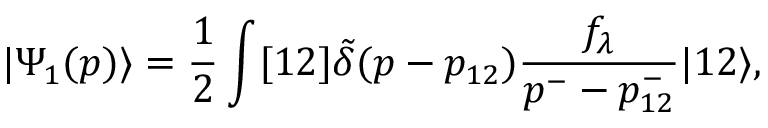
| \Psi _ { 1 } ( p ) \rangle = \frac { 1 } { 2 } \int [ 1 2 ] \tilde { \delta } ( p - p _ { 1 2 } ) \frac { f _ { \lambda } } { p ^ { - } - p _ { 1 2 } ^ { - } } | 1 2 \rangle ,